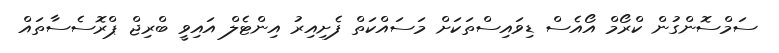
ސަމްސޮންގުން ކްރޯމް އޯއެސް ޑިވައިސްތަކަށް މަސައްކަތް ފެށިއިރު އިންޓެލް އައިވީ ބްރިޖް ޕްރޮސެސާތައް